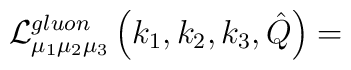
{\cal L}^{gluon}_{\mu_1\mu_2\mu_3}\left(k_1,k_2,k_3,\hat Q\right)=